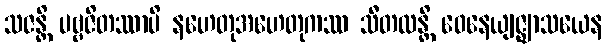
သဇန္တိ ပဗ္ဗဇိတဿာပိ နဟေတုအဟေတုကဿ သီတလန္တိ ဝေနေယျဇ္ဈာသယေန